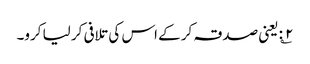
۲؎: یعنی صدقہ کر کے اس کی تلافی کر لیا کرو۔